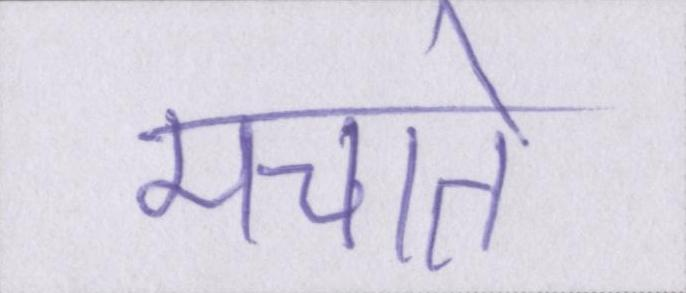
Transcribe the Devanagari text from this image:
मचाते